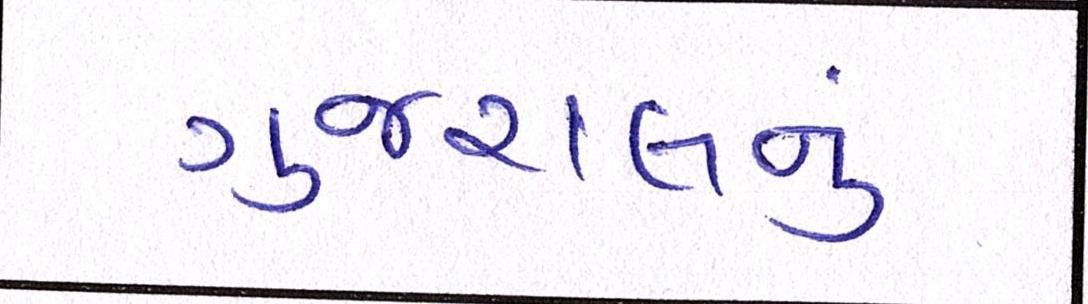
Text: ગુજરાલનું